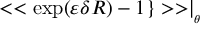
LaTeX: < < \exp ( \varepsilon \delta R ) - 1 \} > > \mid _ { _ { \theta } }